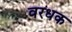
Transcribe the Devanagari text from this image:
वरधक